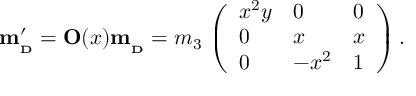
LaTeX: { \bf m _ { _ D } ^ { \prime } } = { \bf O } ( x ) { \bf m _ { _ D } } = m _ { 3 } \, \left( \begin{array} { l l l } { { x ^ { 2 } y } } & { { 0 } } & { { 0 } } \\ { { 0 } } & { { x } } & { { x } } \\ { { 0 } } & { { - x ^ { 2 } } } & { { 1 } } \end{array} \right) .